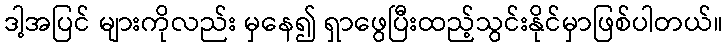
ဒါ့အပြင် များကိုလည်း မှနေ၍ ရှာဖွေပြီးထည့်သွင်းနိုင်မှာဖြစ်ပါတယ်။